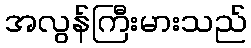
အလွန်ကြီးမားသည်